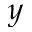
\boldsymbol { y }